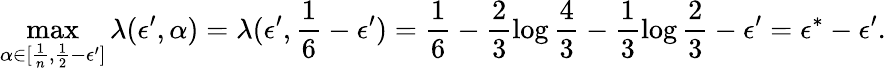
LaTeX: \operatorname*{max}_{\alpha\in[\frac 1n,\frac 12-\epsilon^{\prime}]}\lambda(\epsilon^{\prime},\alpha)=\lambda(\epsilon^{\prime},\frac{1}{6}-\epsilon^{\prime})=\frac{1}{6}-\frac{2}{3}\log{\frac{4}{3}}-\frac{1}{3}\log{\frac{2}{3}}-\epsilon^{\prime}=\epsilon^{*}-\epsilon^{\prime}.